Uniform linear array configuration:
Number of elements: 64
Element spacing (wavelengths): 0.75
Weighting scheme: kaiser
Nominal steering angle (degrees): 15
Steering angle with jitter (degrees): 14.025
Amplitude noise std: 0.05
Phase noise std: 0.05

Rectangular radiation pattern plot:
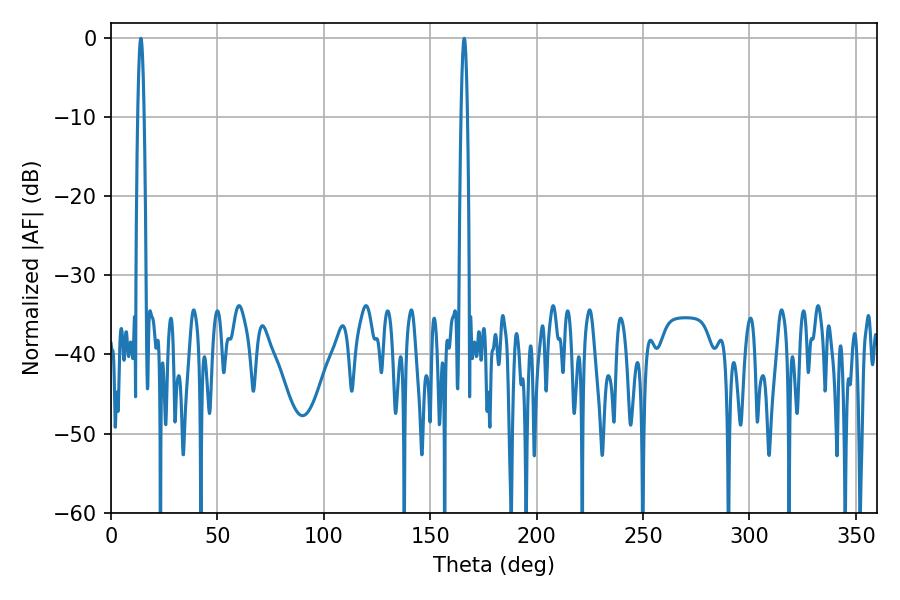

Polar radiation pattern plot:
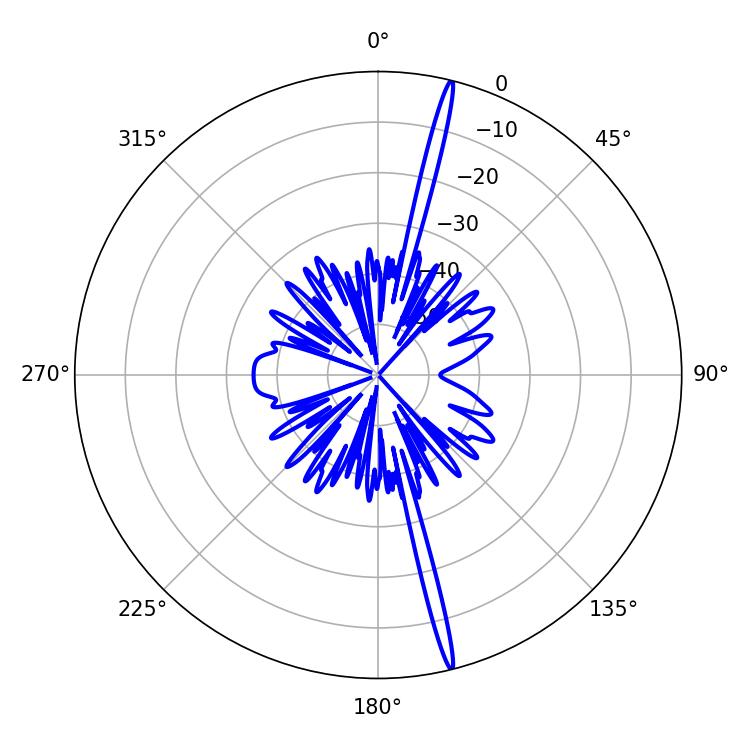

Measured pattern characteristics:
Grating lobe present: TRUE
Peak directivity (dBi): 21.117
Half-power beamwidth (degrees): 1.44
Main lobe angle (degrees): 14.04